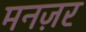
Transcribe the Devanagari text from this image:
मनज़र